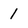
Character: 1